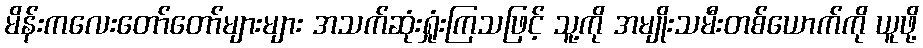
မိန်းကလေးတော်တော်များများ အသက်ဆုံးရှုံးကြသဖြင့် သူ့ကို အမျိုးသမီးတစ်ယောက်ကို ယူဖို့